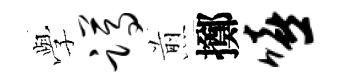
𫝯蹲煎擲嘻